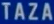
TAZA